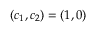
( c _ { 1 } , c _ { 2 } ) = ( 1 , 0 )